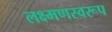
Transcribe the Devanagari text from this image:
लक्ष्मणस्वरूप